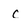
Character: C